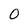
Character: 0